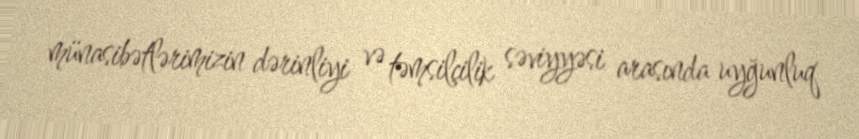
münasibətlərimizin dərinliyi və təmsilçilik səviyyəsi arasında uyğunluq